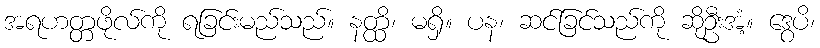
အရဟတ္တဖိုလ်ကို ရခြင်းမည်သည်။ နတ္ထိ၊ မရှိ။ ပန၊ ဆင်ခြင်သည်ကို ဆိုဦးအံ့။ ဒွေပိ၊